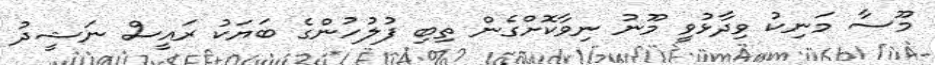
މޫސާ މަނިކު ވިދާޅުވީ މޫނު ނިވާކޮށްގެން ތިބި ފުލުހުންގެ ބަޔަކު ރައީސް ނަޝީދު